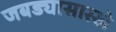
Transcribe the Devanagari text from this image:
जबड्यासारखे